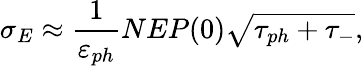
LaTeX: \sigma_{E}\approx\frac{1}{\varepsilon_{ph}}NEP(0)\sqrt{\tau_{ph}+\tau_{-}},